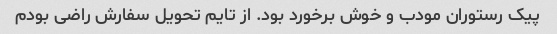
پیک رستوران مودب و خوش برخورد بود. از تایم تحویل سفارش راضی بودم